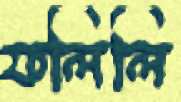
ফলিলি